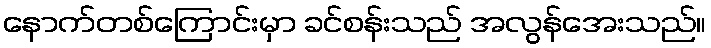
နောက်တစ်ကြောင်းမှာ ခင်စန်းသည် အလွန်အေးသည်။